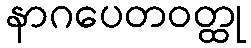
နာဂပေတဝတ္ထု